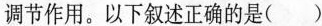
调节作用。以下叙述正确的是（ ）